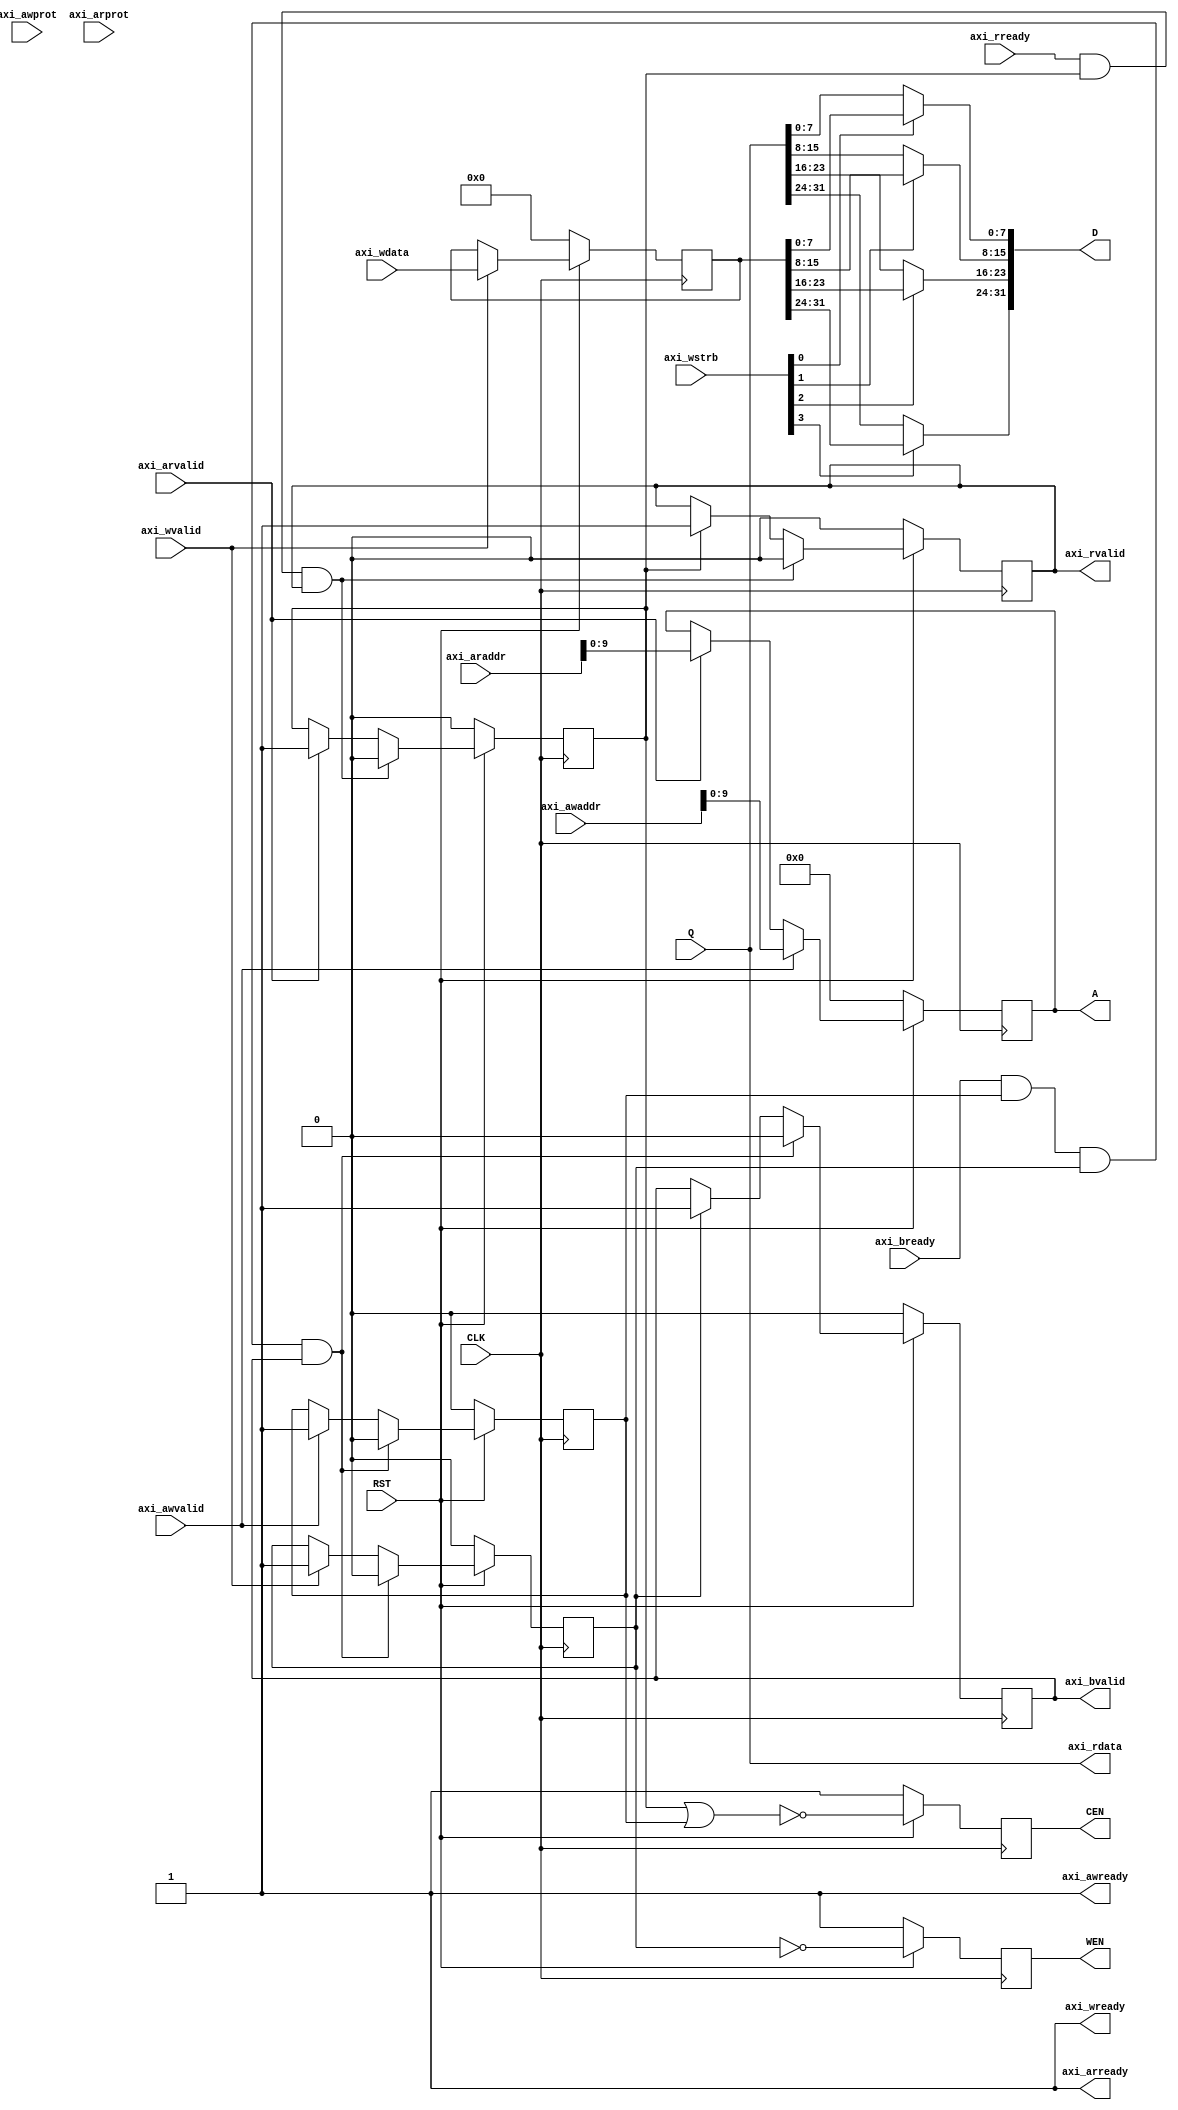
module AXI_SP32B1024(
	input			CLK,
	input			RST,

	// AXI-4 SLAVE Interface
	input         	axi_awvalid,
	output        	axi_awready,
	input  [32-1:0] axi_awaddr,
	input  [3-1:0]  axi_awprot,

	input         	axi_wvalid,
	output        	axi_wready,
	input  [32-1:0] axi_wdata,
	input  [4-1:0]  axi_wstrb,

	output        	axi_bvalid,
	input         	axi_bready,

	input         	axi_arvalid,
	output        	axi_arready,
	input  [32-1:0] axi_araddr,
	input  [3-1:0]  axi_arprot,

	output        	axi_rvalid,
	input         	axi_rready,
	output [32-1:0] axi_rdata,
	
	// Memory Interface
	input [31:0] Q,
	output reg CEN,
	output reg WEN,
	output reg [9:0] A,
	output [31:0] D
	);
	
	// The address capturing is a single operation, we can handle this always 1
	assign axi_awready = 1'b1;
	assign axi_arready = 1'b1;
	assign axi_wready = 1'b1;
	//reg [9:0] A;
	reg [31:0] DP;
	//wire [31:0] Q;
	assign axi_rdata = Q;
	// For memory, we provide the signals in negedge, because the setup and hold sh*t
	always @(negedge CLK) begin
		if (RST==1'b0) begin
			A <= {10{1'b0}};
			DP <= {32{1'b0}};
		end else begin 
			if(axi_awvalid == 1'b1) begin
				A <= axi_awaddr[9:0];
			end else if(axi_arvalid == 1'b1) begin
				A <= axi_araddr[9:0];
			end
			
			if(axi_wvalid == 1'b1) begin
				DP <= axi_wdata;
			end
 		end
	end
	
	// Flags for reading
	reg reading1, reading2;
	assign axi_rvalid = reading2;
	always @(posedge CLK) begin
		if (RST==1'b0) begin
			reading1 <= 1'b0;
			reading2 <= 1'b0;
		end else begin 
			if(axi_rready == 1'b1 && reading1 == 1'b1 && reading2 == 1'b1) begin
				reading1 <= 1'b0;
			end else if(axi_arvalid == 1'b1) begin
				reading1 <= 1'b1;
			end
			
			if(axi_rready == 1'b1 && reading1 == 1'b1 && reading2 == 1'b1) begin
				reading2 <= 1'b0;
			end else if(reading1 == 1'b1) begin
				reading2 <= 1'b1;
			end
		end
	end
	
	// Flags for writting
	reg writting1, writting2, writting3;
	assign axi_bvalid = writting3;
	always @(posedge CLK) begin
		if (RST==1'b0) begin
			writting1 <= 1'b0;
			writting2 <= 1'b0;
			writting3 <= 1'b0;
		end else begin 
			
			if(axi_bready == 1'b1 && writting1 == 1'b1 && writting2 == 1'b1 && writting3 == 1'b1) begin
				writting3 <= 1'b0;
			end else if(writting2 == 1'b1) begin
				writting3 <= 1'b1;
			end else begin
				writting3 <= writting3;
			end
			
			if(axi_bready == 1'b1 && writting1 == 1'b1 && writting2 == 1'b1 && writting3 == 1'b1) begin
				writting1 <= 1'b0;
			end else if(axi_awvalid == 1'b1) begin
				writting1 <= 1'b1;
			end else begin
				writting1 <= writting1;
			end
			
			if(axi_bready == 1'b1 && writting1 == 1'b1 && writting2 == 1'b1 && writting3 == 1'b1) begin
				writting2 <= 1'b0;
			end else if(axi_wvalid == 1'b1) begin
				writting2 <= 1'b1;
			end else begin
				writting2 <= writting2;
			end
		end
	end
	
	// Control of memory based on Flags
	//reg CEN, WEN;
	// For memory, we provide the signals in negedge, because the setup and hold sh*t
	always @(negedge CLK) begin
		if (RST==1'b0) begin
			CEN <= 1'b1;
			WEN <= 1'b1;
		end else begin 
			CEN <= ~(reading1 | writting1);
			WEN <= ~writting2;
		end
	end
	//wire [31:0] D;
	assign D[7:0]   = axi_wstrb[0]?DP[7:0]  :Q[7:0];
	assign D[15:8]  = axi_wstrb[1]?DP[15:8] :Q[15:8];
	assign D[23:16] = axi_wstrb[2]?DP[23:16]:Q[23:16];
	assign D[31:24] = axi_wstrb[3]?DP[31:24]:Q[31:24];
	
	// Thanks god, the memory provides their data in posedge.
	/*SP32B1024 THEMEMORY(
		.Q(Q),
		.CLK(CLK),
		.CEN(CEN),
		.WEN(WEN),
		.A(A),
		.D(D)
	);*/
endmodule